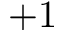
+ 1